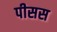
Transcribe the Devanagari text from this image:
पीसस